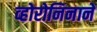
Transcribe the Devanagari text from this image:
व्होरोनिनाने